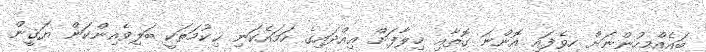
ބައެއްމީހުންނަށް ހީވެފައި އޮންނަ ގޮތާއި ޚިލާފަށް ޢިއްދައިގެ ހަމައެކަނި ޙިކުމަތަކީ ބަލިވެއިންކަން ޔަޤީން